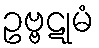
ဥဗ္ဗဋုမံ